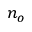
n _ { o }